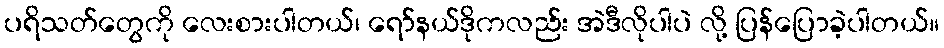
ပရိသတ်တွေကို လေးစားပါတယ်၊ ရော်နယ်ဒိုကလည်း အဲဒီလိုပါပဲ လို့ ပြန်ပြောခဲ့ပါတယ်။